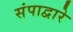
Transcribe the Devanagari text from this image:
संपाद्वारे